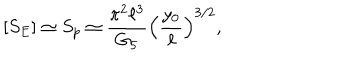
LaTeX: [ S _ { E } ] \simeq S _ { p } \simeq \frac { \pi ^ { 2 } \ell ^ { 3 } } { G _ { 5 } } \Bigl ( \frac { y _ { 0 } } { \ell } \Bigr ) ^ { 3 / 2 } ,